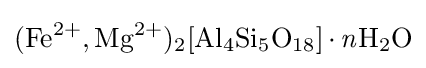
{\ce {(Fe^{2}+,Mg^{2}+)2[Al4Si5O18]*{\mathit {n}}H2O}}